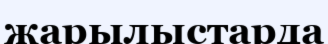
жарылыстарда